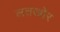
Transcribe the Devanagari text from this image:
लतखोर